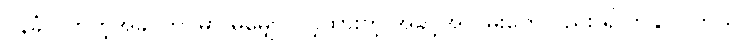
ဝန်ခံလိုက်တဲ့အခါ ဘဝမှာ မမျှော်လင့်ထားတဲ့ အခွင့်အလမ်းတွေလည်း ရှိလာနိုင်ပါတယ်။